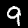
Digit: 9